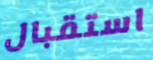
استقبال